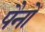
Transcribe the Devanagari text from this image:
पैनों